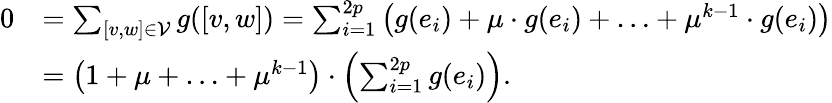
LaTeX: \begin{array}{rl}{0}&{=\sum_{[v,w]\in\mathcal{V}}g([v,w])=\sum_{i=1}^{2p}\left(g(e_{i})+\mu\cdot g(e_{i})+\ldots+\mu^{k-1}\cdot g(e_{i})\right)}\\ &{=\left(1+\mu+\ldots+\mu^{k-1}\right)\cdot\left(\sum_{i=1}^{2p}g(e_{i})\right).}\end{array}